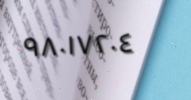
٩٨٠١٧٢٠٤